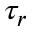
\tau _ { r }